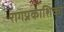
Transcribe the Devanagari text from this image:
रागप्रकाशिका